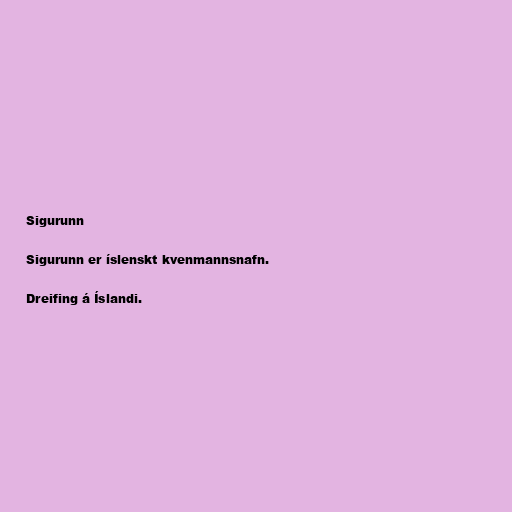
Sigurunn

Sigurunn er íslenskt kvenmannsnafn.

Dreifing á Íslandi.